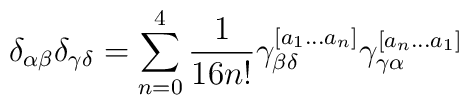
\delta_{\alpha \beta} \delta_{\gamma \delta} = \sum_{n=0}^4 {1 \over 16n!} \gamma^{[a_1...a_n]}_{\beta \delta} \gamma^{[a_n...a_1]}_{\gamma \alpha}